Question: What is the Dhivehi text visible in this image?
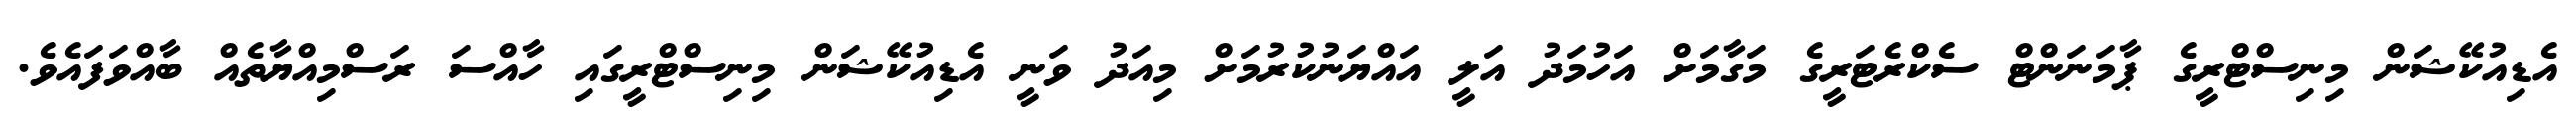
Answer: އެޑިއުކޭޝަން މިނިސްޓްރީގެ ޕާމަނަންޓް ސެކްރެޓަރީގެ މަގާމަށް އަހުމަދު އަލީ އައްޔަނުކުރުމަށް މިއަދު ވަނީ އެޑިއުކޭޝަން މިނިސްޓްރީގައި ހާއްސަ ރަސްމިއްޔާތެއް ބާއްވަފައެވެ.